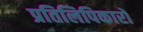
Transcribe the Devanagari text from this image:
प्रतिलिपिकारों